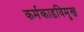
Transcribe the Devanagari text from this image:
कर्मकाडविमुख